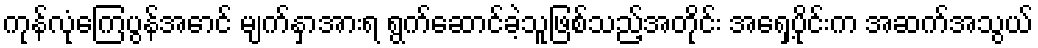
ကုန်လုံကြေပွန်အောင် မျက်နှာအားရ ရွက်ဆောင်ခဲ့သူဖြစ်သည့်အတိုင်း အရှေ့ပိုင်းက အဆက်အသွယ်